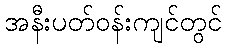
အနီးပတ်ဝန်းကျင်တွင်